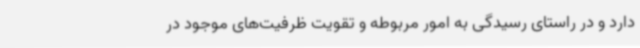
دارد و در راستای رسیدگی به امور مربوطه و تقویت ظرفیت‌های موجود در